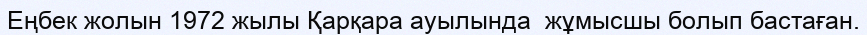
Еңбек жолын 1972 жылы Қарқара ауылында  жұмысшы болып бастаған.